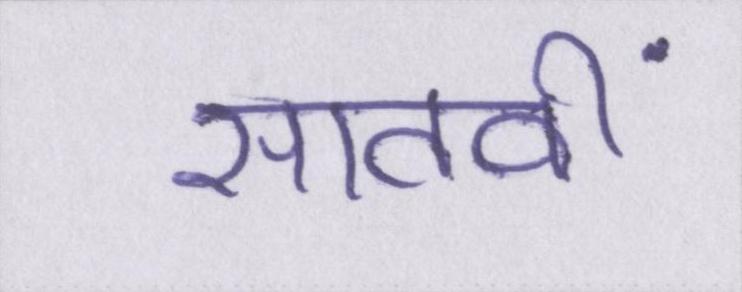
सातवीं